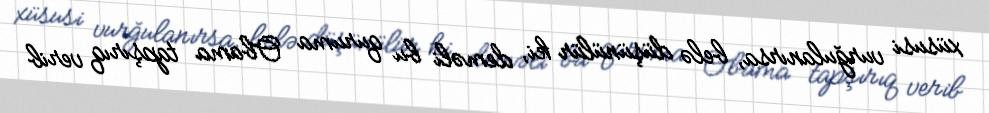
xüsusi vurğulanırsa, belə düşünülür ki, deməli bu quruma Obama tapşırıq verib